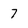
Character: 7